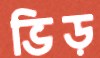
ভিড়